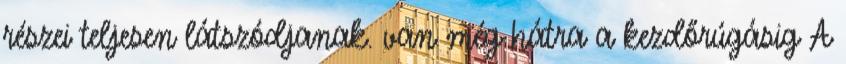
részei teljesen látszódjanak. van még hátra a kezdőrúgásig A